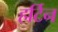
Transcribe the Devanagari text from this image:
हर्टिन